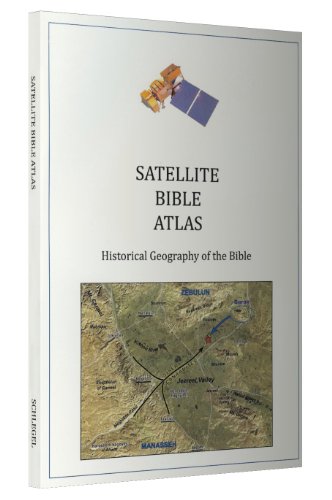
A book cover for The Satellite Bible Atlas; William Schlegel; Christian Books & Bibles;